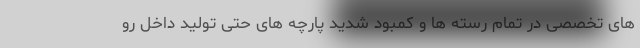
های تخصصی در تمام رسته ها و کمبود شدید پارچه های حتی تولید داخل رو